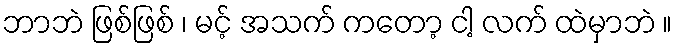
ဘာဘဲ ဖြစ်ဖြစ် ၊ မင့် အသက် ကတော့ ငါ့ လက် ထဲမှာဘဲ ။